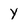
Character: y